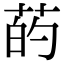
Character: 菂